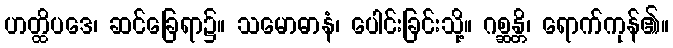
ဟတ္ထိပဒေ၊ ဆင်ခြေရာ၌။ သမောဓာနံ၊ ပေါင်းခြင်းသို့။ ဂစ္ဆန္တိ၊ ရောက်ကုန်၏။